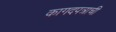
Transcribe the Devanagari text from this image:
कागदपत्राची